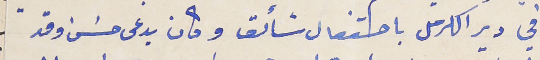
في دير الكرمل باحتفال شائق وكان يدعى حسَن وقد